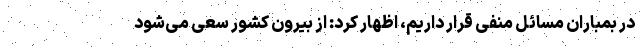
در بمباران مسائل منفی قرار داریم، اظهار کرد: از بیرون کشور سعی می‌شود